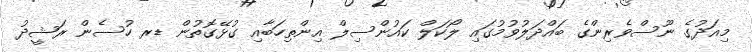
މިއަދުގެ ނޫސްވެރިންގެ ބައްދަލުވުމުގައި ލޯކަލް ކައުންސިލް އިންތިހަބާއި ގުޅޭގޮތުން ޑރ ހުސެން ރަޝީދު